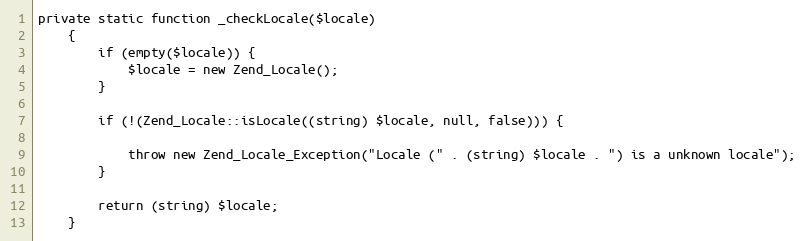
Language: PHP
private static function _checkLocale($locale)
    {
        if (empty($locale)) {
            $locale = new Zend_Locale();
        }

        if (!(Zend_Locale::isLocale((string) $locale, null, false))) {

            throw new Zend_Locale_Exception("Locale (" . (string) $locale . ") is a unknown locale");
        }

        return (string) $locale;
    }